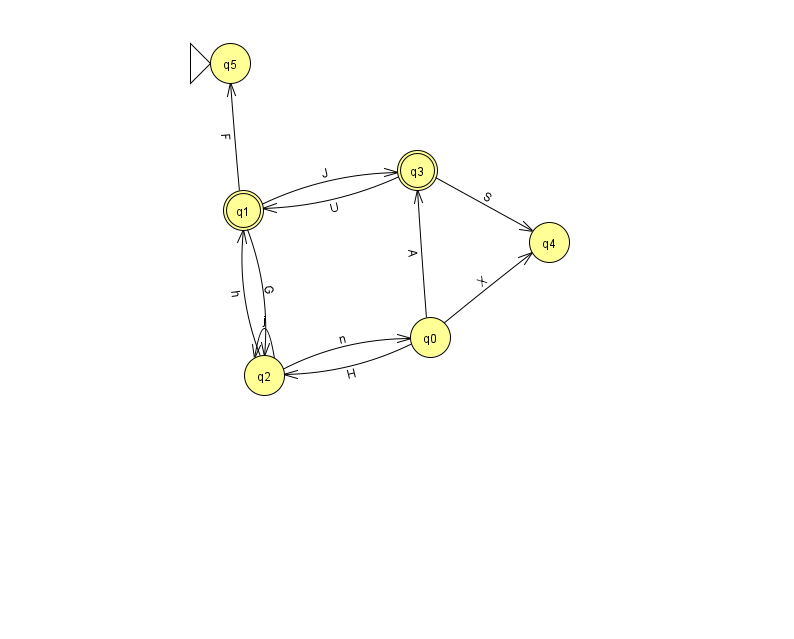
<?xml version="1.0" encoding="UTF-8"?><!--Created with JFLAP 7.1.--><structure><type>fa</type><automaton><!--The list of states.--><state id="0" name="q0"><x>430.0</x><y>324.0</y></state><state id="1" name="q1"><x>243.0</x><y>197.0</y><final/></state><state id="2" name="q2"><x>264.0</x><y>362.0</y></state><state id="3" name="q3"><x>417.0</x><y>157.0</y><final/></state><state id="4" name="q4"><x>549.0</x><y>229.0</y></state><state id="5" name="q5"><x>230.0</x><y>50.0</y><initial/></state><!--The list of transitions.--><transition><from>0</from><to>2</to><read>H</read></transition><transition><from>0</from><to>3</to><read>A</read></transition><transition><from>2</from><to>1</to><read>h</read></transition><transition><from>3</from><to>1</to><read>U</read></transition><transition><from>3</from><to>4</to><read>S</read></transition><transition><from>2</from><to>0</to><read>n</read></transition><transition><from>1</from><to>5</to><read>F</read></transition><transition><from>2</from><to>2</to><read>j</read></transition><transition><from>1</from><to>3</to><read>J</read></transition><transition><from>0</from><to>4</to><read>X</read></transition><transition><from>1</from><to>2</to><read>G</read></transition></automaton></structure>